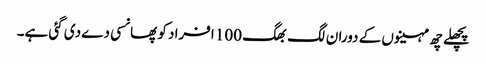
پچھلے چھ مہینوں کے دوران لگ بھگ 100 افراد کو پھانسی دے دی گئی ہے۔